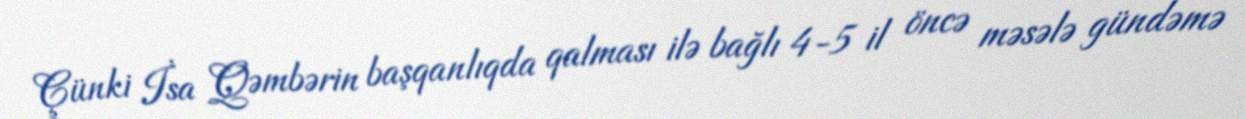
Çünki İsa Qəmbərin başqanlıqda qalması ilə bağlı 4-5 il öncə məsələ gündəmə